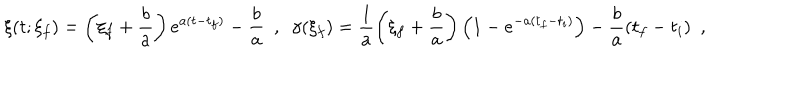
LaTeX: \xi ( t ; \xi _ { f } ) = \left( \xi _ { f } + \frac { b } { a } \right) e ^ { a ( t - t _ { f } ) } - \frac { b } { a } \ \ , \ \ \gamma ( \xi _ { f } ) = \frac { 1 } { a } \left( \xi _ { f } + \frac { b } { a } \right) \left( 1 - e ^ { - a ( t _ { f } - t _ { i } ) } \right) - \frac { b } { a } ( t _ { f } - t _ { i } ) \ \ ,